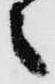
之